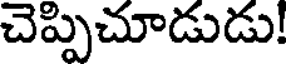
చెప్పిచూడుడు!